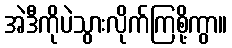
အဲဒီကိုပဲသွားလိုက်ကြစို့ကွာ။